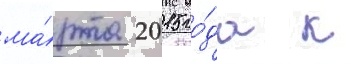
ма́рта 2015 го́да к